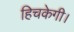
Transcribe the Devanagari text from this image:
हिचकेगी।